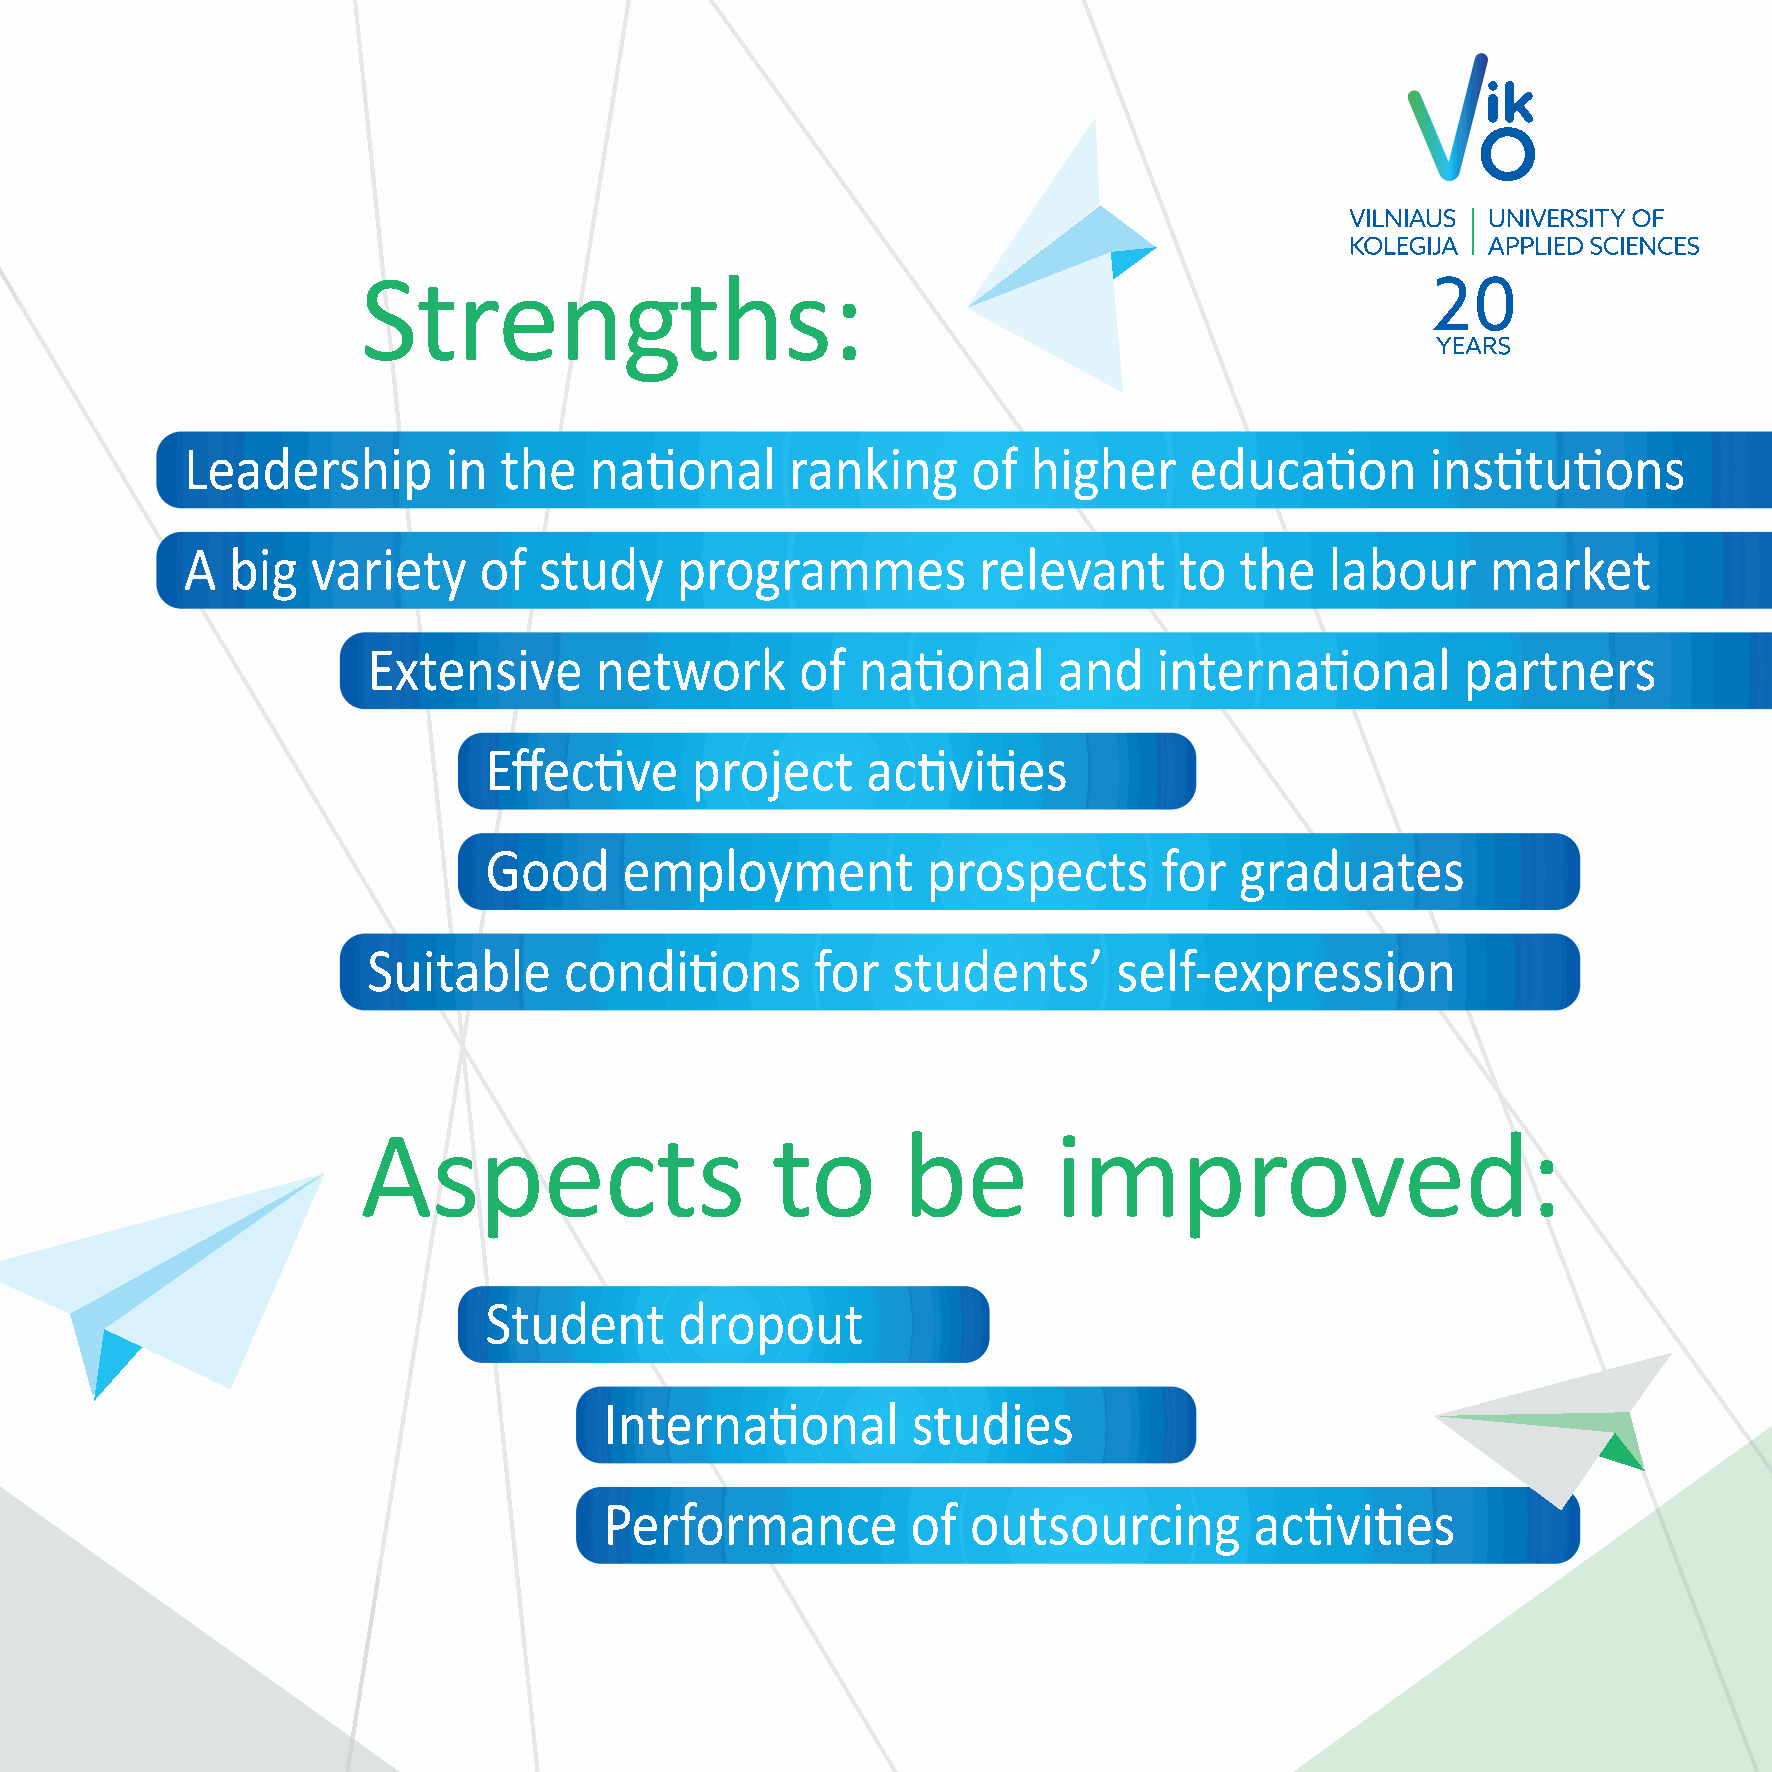
Strengths:
 Leadership       in  the   nati  onal   ranking     of  higher     educati    on   insti tuti ons
 A  big   variety    of  study    programmes          relevant     to  the   labour     market
 Extensive      network       of  nati  onal   and    internati   onal    partners
 Eff ecti ve   project    acti  viti es
 Good     employment          prospects       for  graduates
 Suitable     conditi    ons   for  students’      self-expression
 Aspects                    to       be        improved:
 Student      dropout
 Internati    onal   studies
 Performance         of  outsourcing        acti viti es